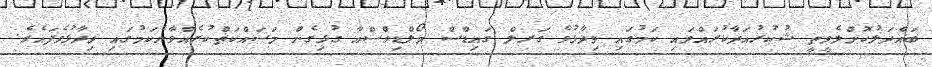
ބައްދަލުކޮށްލެވީތީ ޝުކުރުއަދާކުރައްވައި ކަމުގައި ވިދާޅުވެ ގަރލް ގައިޑްސް މޯލްޑިވްސްއާ ގުޅިގެން މަސައްކަތްކުރެއްވާނެކަމުގައި ވިދާޅުވެފައެވެ.